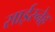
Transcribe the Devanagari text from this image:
साईस्नेह